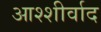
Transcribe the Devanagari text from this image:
आश्शीर्वाद